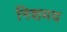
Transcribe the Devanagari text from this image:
निशमय